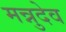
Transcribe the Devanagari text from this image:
मन्नुदेव